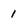
Character: 1